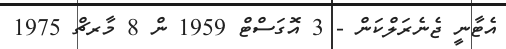
އެޓާނީ ޖެނެރަލްކަން - 3 އޮގަސްޓް 1959 ން 8 މާރޗް 1975